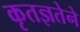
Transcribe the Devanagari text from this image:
कृतज्ञतेने